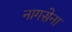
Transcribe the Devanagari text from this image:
नागसेना